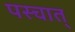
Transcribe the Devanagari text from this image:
पस्चात्